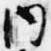
内